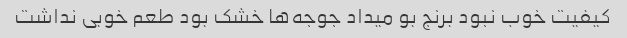
کیفیت خوب نبود برنج بو میداد جوجه‌ها خشک بود طعم خوبی نداشت